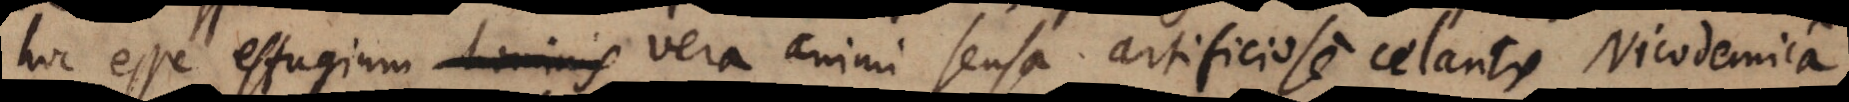
hoc esse effugium hominis vera animi sensa artificiose celantis Nicodemica